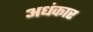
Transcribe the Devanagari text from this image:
अधंकार